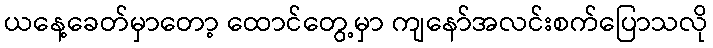
ယနေ့ခေတ်မှာတော့ ထောင်တွေ့မှာ ကျနော်အလင်းစက်ပြောသလို